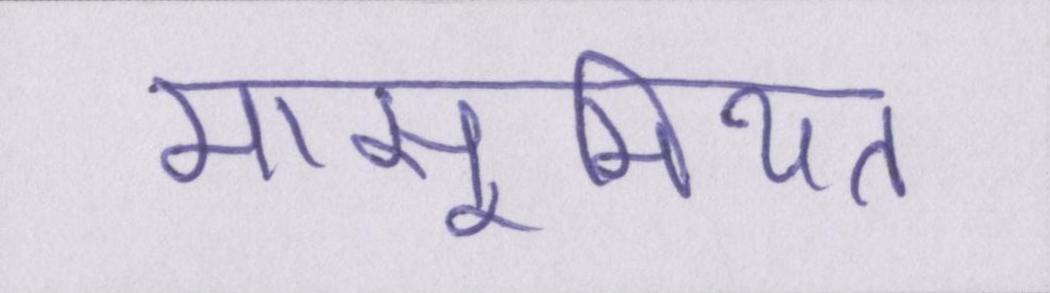
मासूमियत